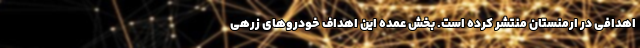
اهدافی در ارمنستان منتشر کرده است. بخش عمده این اهداف خودروهای زرهی